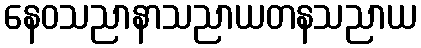
နေဝသညာနာသညာယတနသညာယ